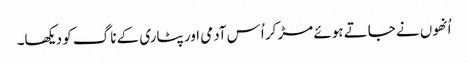
اُنھوں نے جاتے ہوئے مڑ کر اُس آدمی اور پٹاری کے ناگ کو دیکھا۔